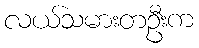
လယ်သမားတဦးက